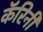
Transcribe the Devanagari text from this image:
कॅरिनी